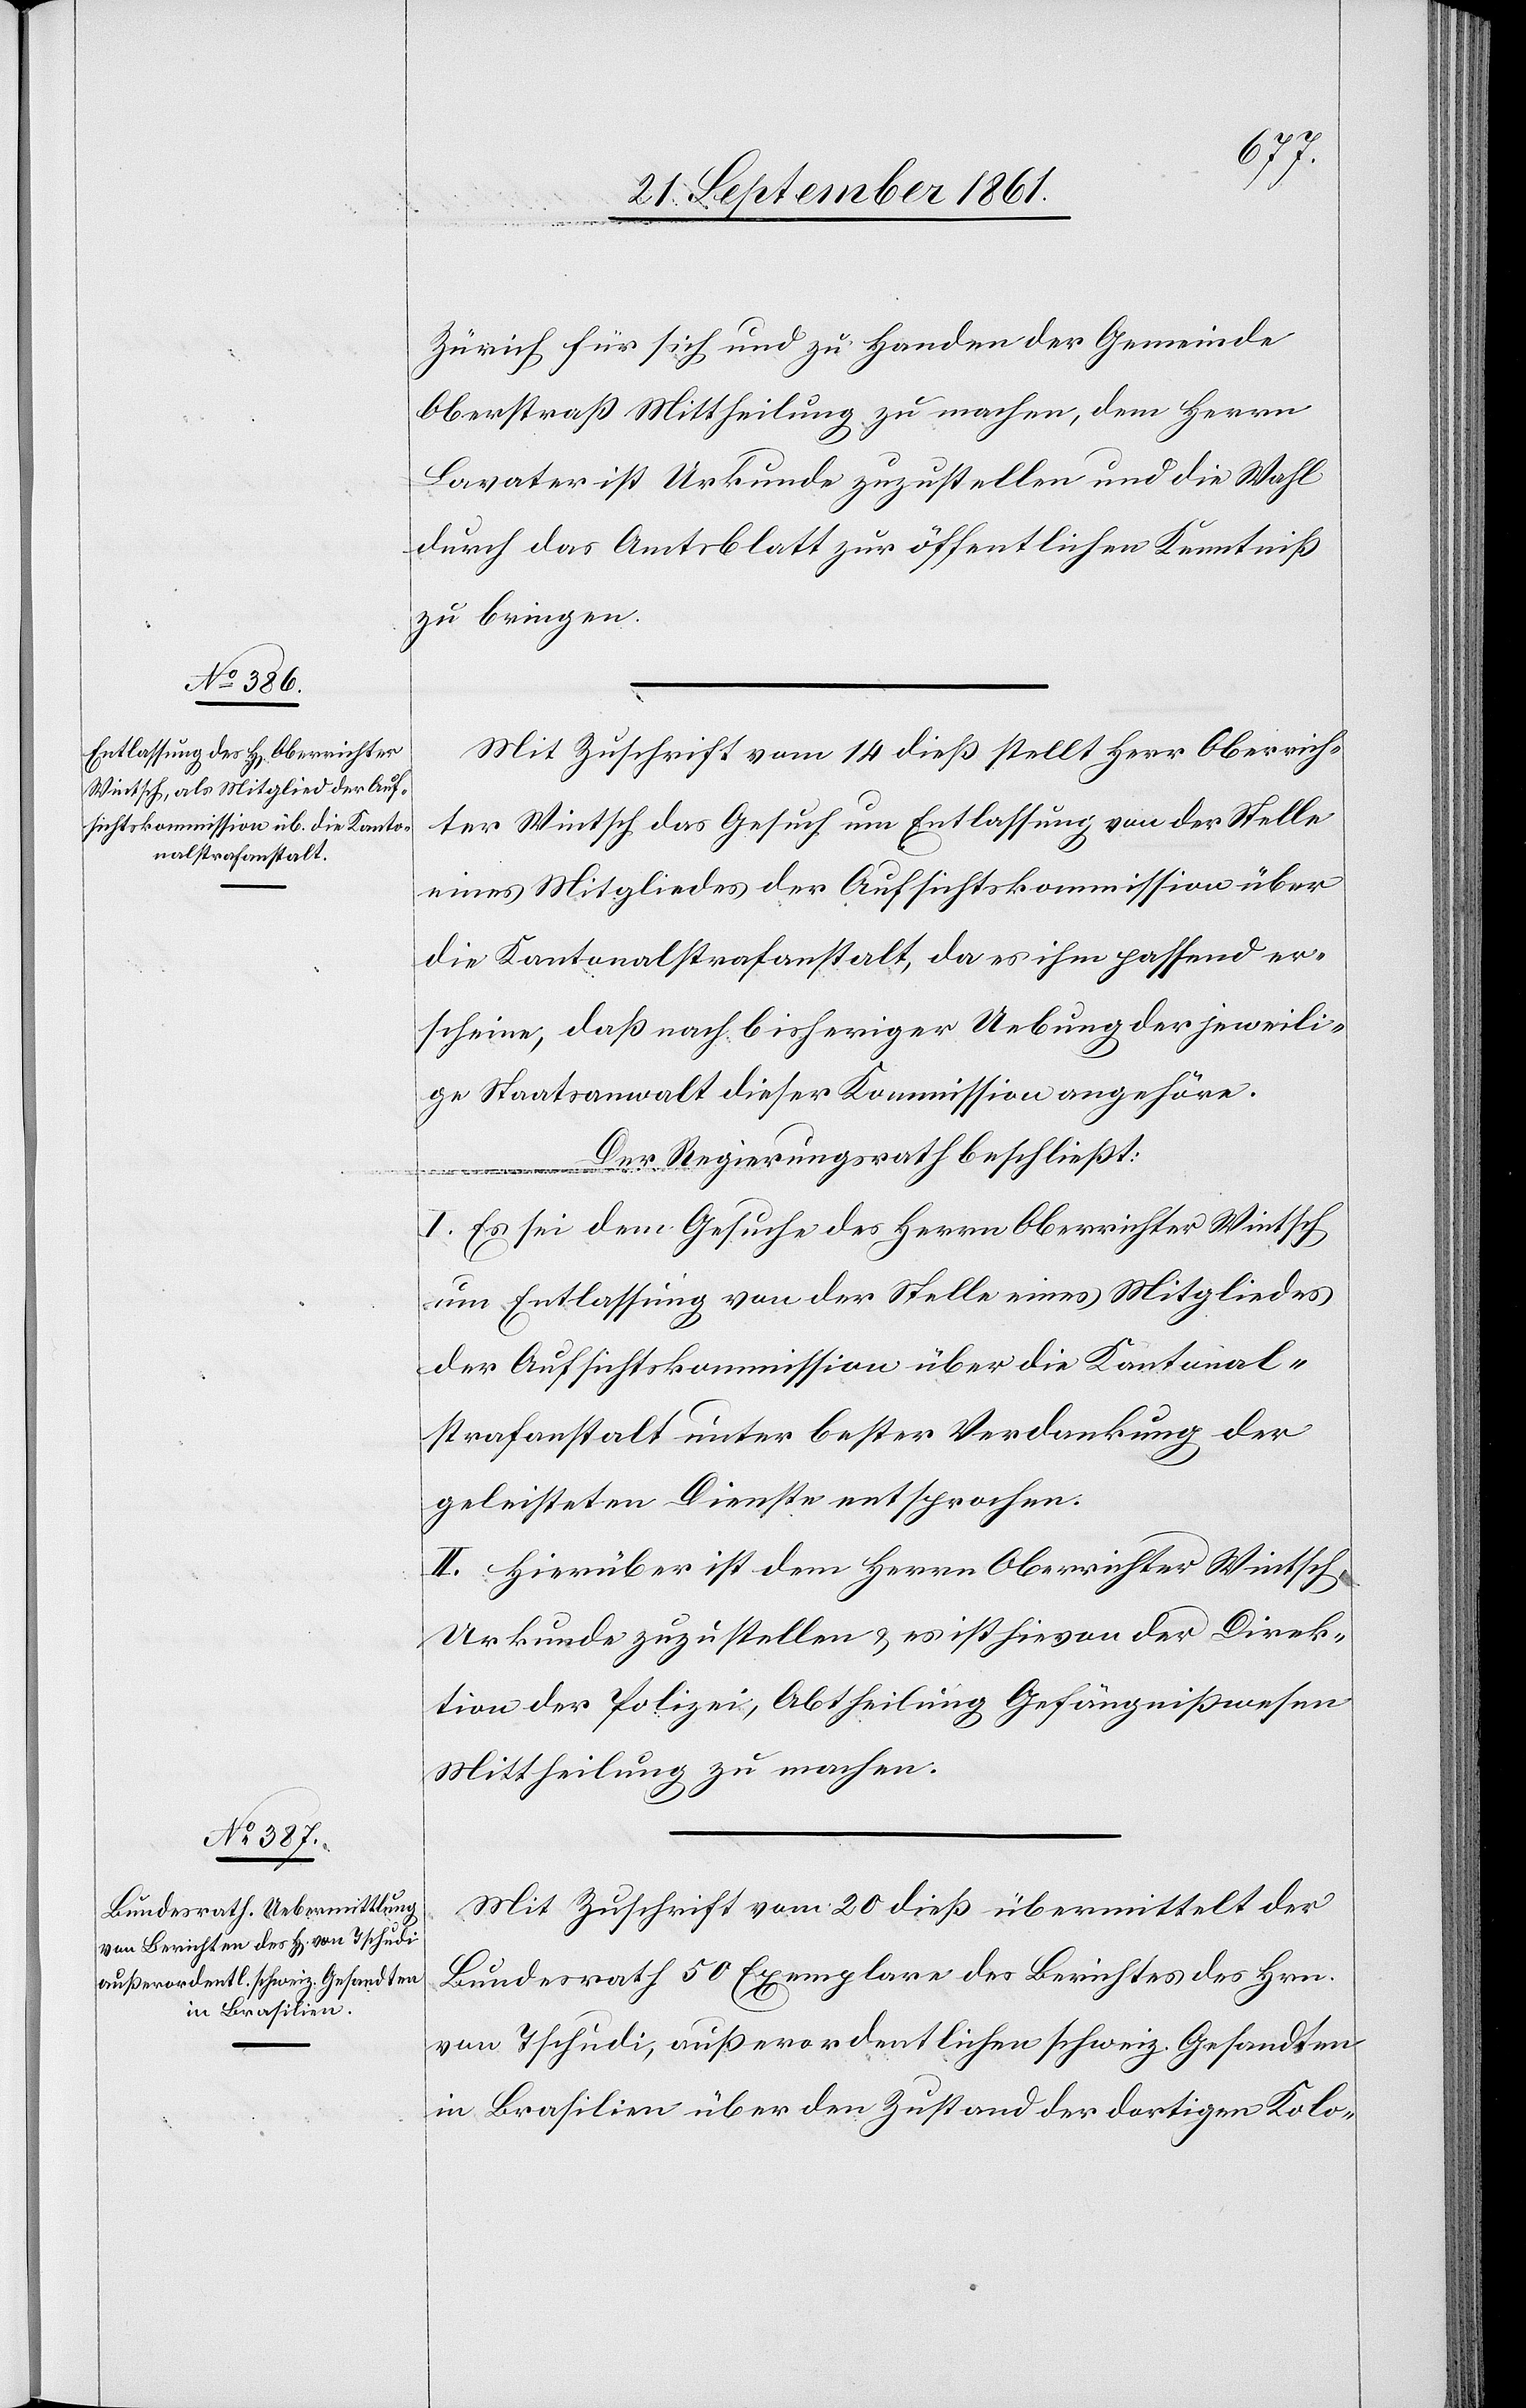
Zürich für sich und zu Handen der Gemeinde
Oberstraß Mittheilung zu machen, dem Herrn
Lavater ist Urkunde zuzustellen und die Wahl
durch das Amtsblatt zur öffentlichen Kenntniß
zu bringen.
Mit Zuschrift vom 14 dieß stellt Herr Oberrich¬
ter Wintsch das Gesuch um Entlassung von der Stelle
eines Mitgliedes der Aufsichtskommission über
die Kantonalstrafanstalt, da es ihm passend er¬
scheine, daß nach bisheriger Uebung der jeweili¬
ge Staatsanwalt dieser Kommission angehöre.
Der Regierungsrath beschließt:
I. Es sei dem Gesuche des Herrn Oberrichter Wintsch
um Entlassung von der Stelle eines Mitgliedes
der Aufsichtskommission über die Kantonal¬
strafanstalt unter bester Verdankung der
geleisteten Dienste entsprochen.
II. Hierüber ist dem Herrn Oberrichter Wintsch
Urkunde zuzustellen u. es ist hievon der Direk¬
tion der Polizei, Abtheilung Gefängnißwesen
Mittheilung zu machen.
Mit Zuschrift vom 20 dieß übermittelt der
Bundesrath 50 Exemplare des Berichtes des Hrn.
von Tschudi, außerordentlichen schweiz. Gesandten
in Brasilien über den Zustand der dortigen Kolo-